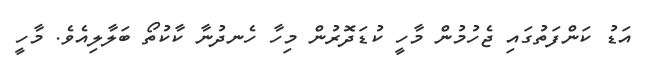
އަޑު ކަންފަތުގައި ޖެހުމުން މާހީ ކުޑަދޮރުން މިހާ ހެނދުނާ ކާކުތޯ ބަލާލިއެވެ. މާހީ